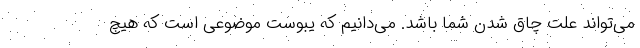
می‌تواند علت چاق شدن شما باشد. ‌می‌دانیم که یبوست موضوعی است که هیچ